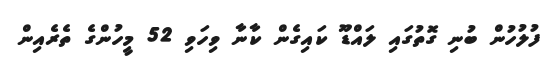
ފުލުހުން ބުނި ގޮތުގައި ލައްޑޫ ކައިގެން ކާނާ ވިހަވި 52 މީހުންގެ ތެރެއިން